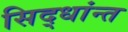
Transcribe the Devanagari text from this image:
सिद्धांन्त